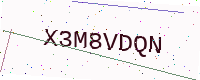
Text: X3M8VDQN